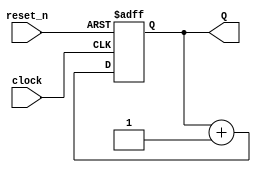
module counter(clock, reset_n, Q);
  parameter n = 4;

  input clock, reset_n;
  output [n-1:0] Q;
  reg [n-1:0] Q;

  always @(posedge clock or negedge reset_n)
  begin
    if (~reset_n)
      Q <= 'd0;
    else
      Q <= Q + 1'b1;
  end
endmodule